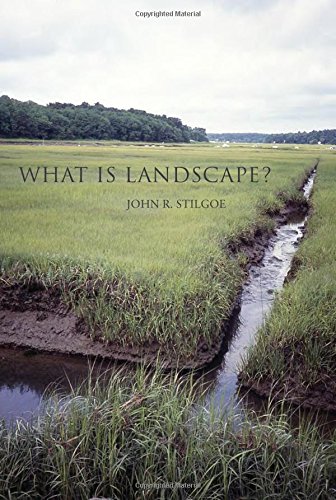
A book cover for What Is Landscape?; John R. Stilgoe; Arts & Photography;